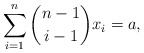
\begin{align*} \sum_{i=1}^{n} \dbinom{n-1}{i-1} x_i = a,\end{align*}